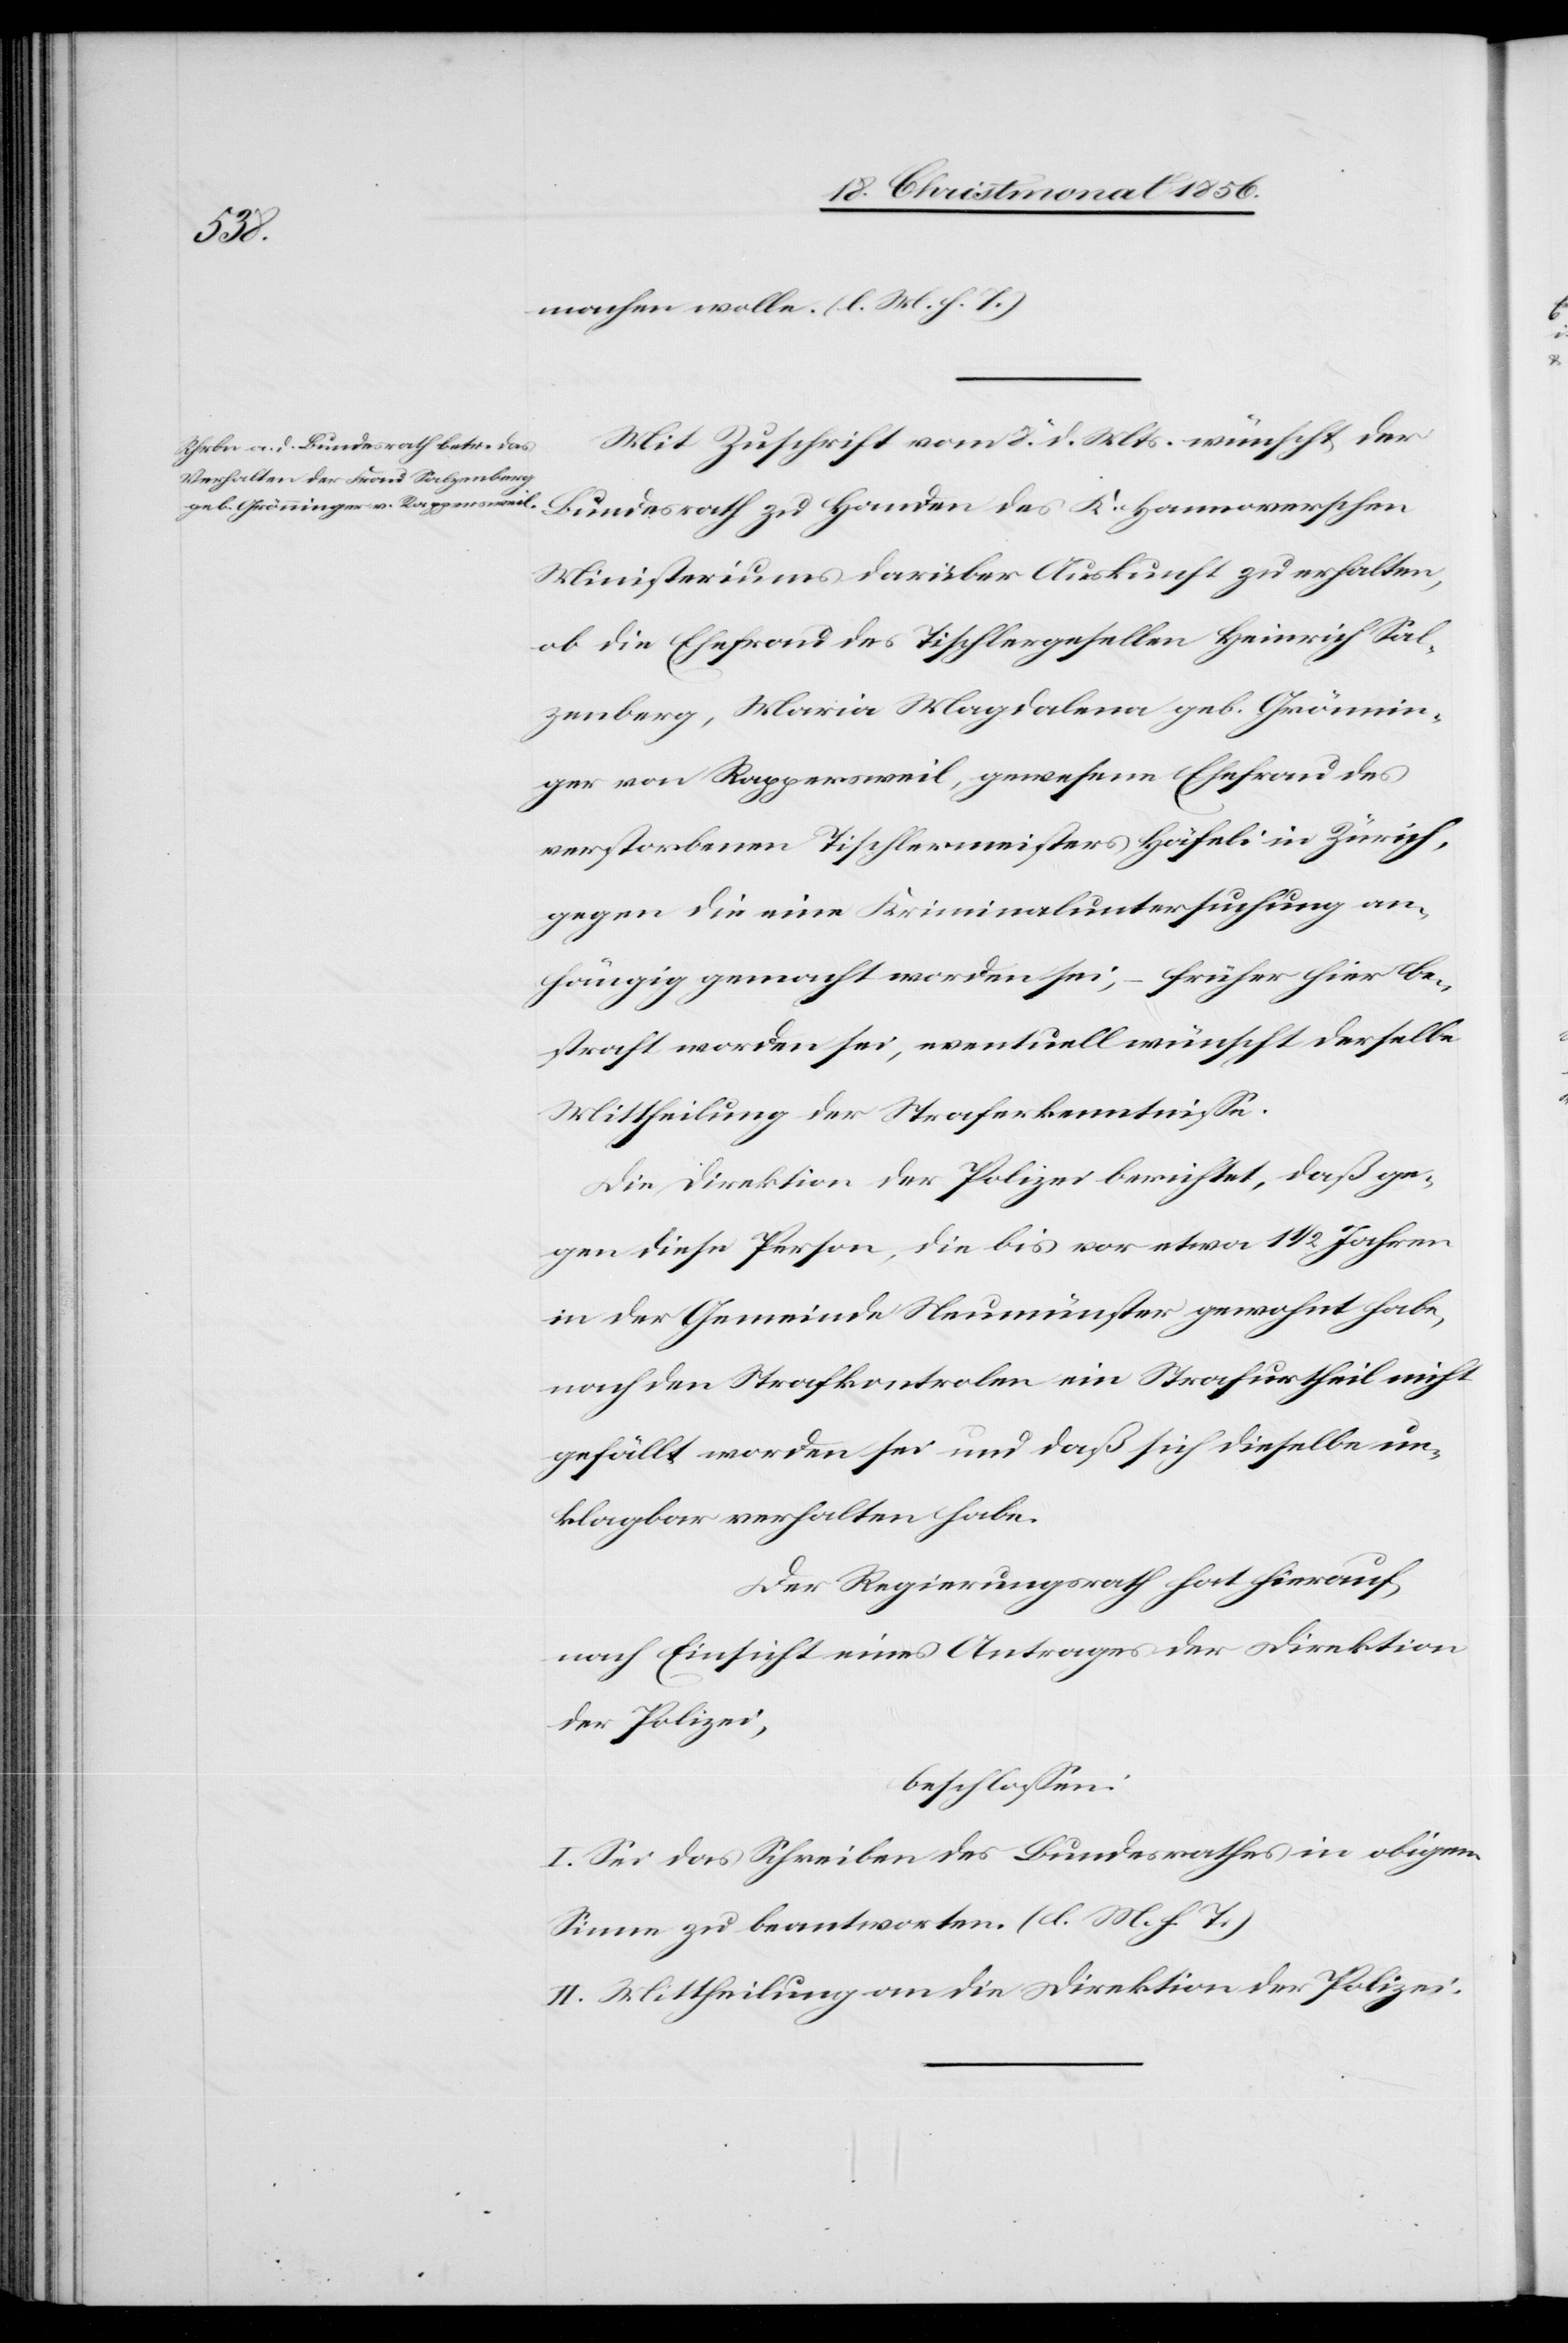
K.
machen wolle. (l. M. h. T.)
Mit Zuschrift vom 8. d. Mts. wünscht der
Ministeriums darüber Auskunft zu erhalten,
ob die Ehefrau des Tischlergesellen Heinrich Sal¬
zenberg, Maria Magdalena geb. Grönnin¬
ger von Rappersweil, gewesene Ehefrau des
verstorbenen Tischlermeisters Häfeli in Zürich,
gegen die eine Kriminaluntersuchung an¬
hängig gemacht worden sei, – früher hier be¬
straft worden sei, eventuell wünscht derselbe
Mittheilung der Straferkenntnisse.
Die Direktion der Polizei berichtet, daß ge¬
gen diese Person, die bis vor etwa 1 ½ Jahren
in der Gemeinde Neumünster gewohnt habe,
nach den Strafkontrolen ein Strafurtheil nicht
gefällt worden sei und daß sich dieselbe un¬
klagbar verhalten habe.
Der Regierungsrath hat hierauf,
nach Einsicht eines Antrages der Direktion
der Polizei,
beschlossen:
I. Sei das Schreiben des Bundesrathes in obigem
Sinne zu beantworten. (l. M. h. T.)
II. Mittheilung an die Direktion der Polizei.